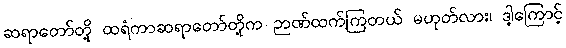
ဆရာတော်တို့ ထရံကာဆရာတော်တို့က ဉာဏ်ထက်ကြတယ် မဟုတ်လား၊ ဒါ့ကြောင့်